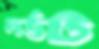
দর্ভট